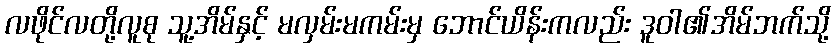
လဖိုင်လတို့လူစု သူ့အိမ်နှင့် မလှမ်းမကမ်းမှ ဘောင်ယိန်းကလည်း ဒူဝါ၏အိမ်ဘက်သို့